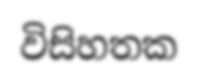
විසිහතක